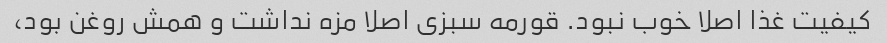
کیفیت غذا اصلا خوب نبود. قورمه سبزی اصلا مزه نداشت و همش روغن بود،